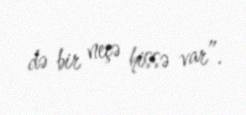
də bir neçə hissə var”.